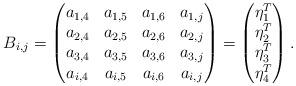
LaTeX: \begin{align*} B_{i,j}=\begin{pmatrix}a_{1,4} & a_{1,5} &a_{1,6} & a_{1,j}\\ a_{2,4} & a_{2,5} &a_{2,6} & a_{2,j} \\ a_{3,4} & a_{3,5} & a_{3,6} & a_{3,j}\\ a_{i,4} & a_{i,5} &a_{i,6} & a_{i,j}\end{pmatrix}=\begin{pmatrix}\eta_1^{T}\\ \eta_2^{T} \\ \eta_3^{T}\\ \eta_4^{T}\end{pmatrix}.\end{align*}